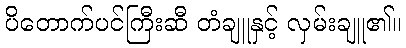
ပိတောက်ပင်ကြီးဆီ တံချူနှင့် လှမ်းချူ၏။